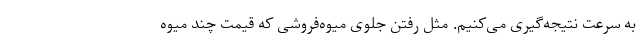
به سرعت نتیجه‌گیری می‌کنیم. مثل رفتن جلوی میوه‌فروشی که قیمت چند میوه